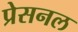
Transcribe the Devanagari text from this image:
प्रेसनल